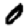
Digit: 0